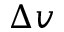
\Delta v